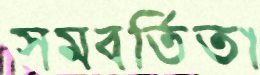
সমবর্তিতা